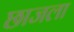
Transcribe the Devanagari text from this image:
छाजला